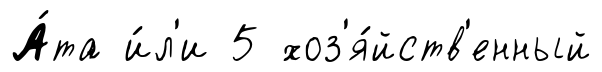
А́та и́л'и 5 хоз'я́йств'енный